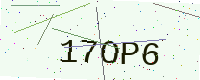
Text: 17OP6